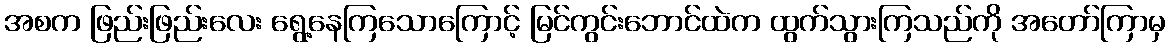
အစက ဖြည်းဖြည်းလေး ရွေ့နေကြသောကြောင့် မြင်ကွင်းဘောင်ထဲက ထွက်သွားကြသည်ကို အတော်ကြာမှ